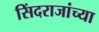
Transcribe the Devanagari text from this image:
सिंदराजांच्या